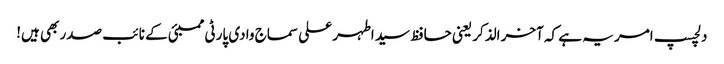
دلچسپ امر یہ ہے کہ آخر الذکر یعنی حافظ سید اطہر علی سماج وادی پارٹی ممبئی کے نائب صدر بھی ہیں!